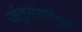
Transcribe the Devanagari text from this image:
जंतुसंसर्गमुळे